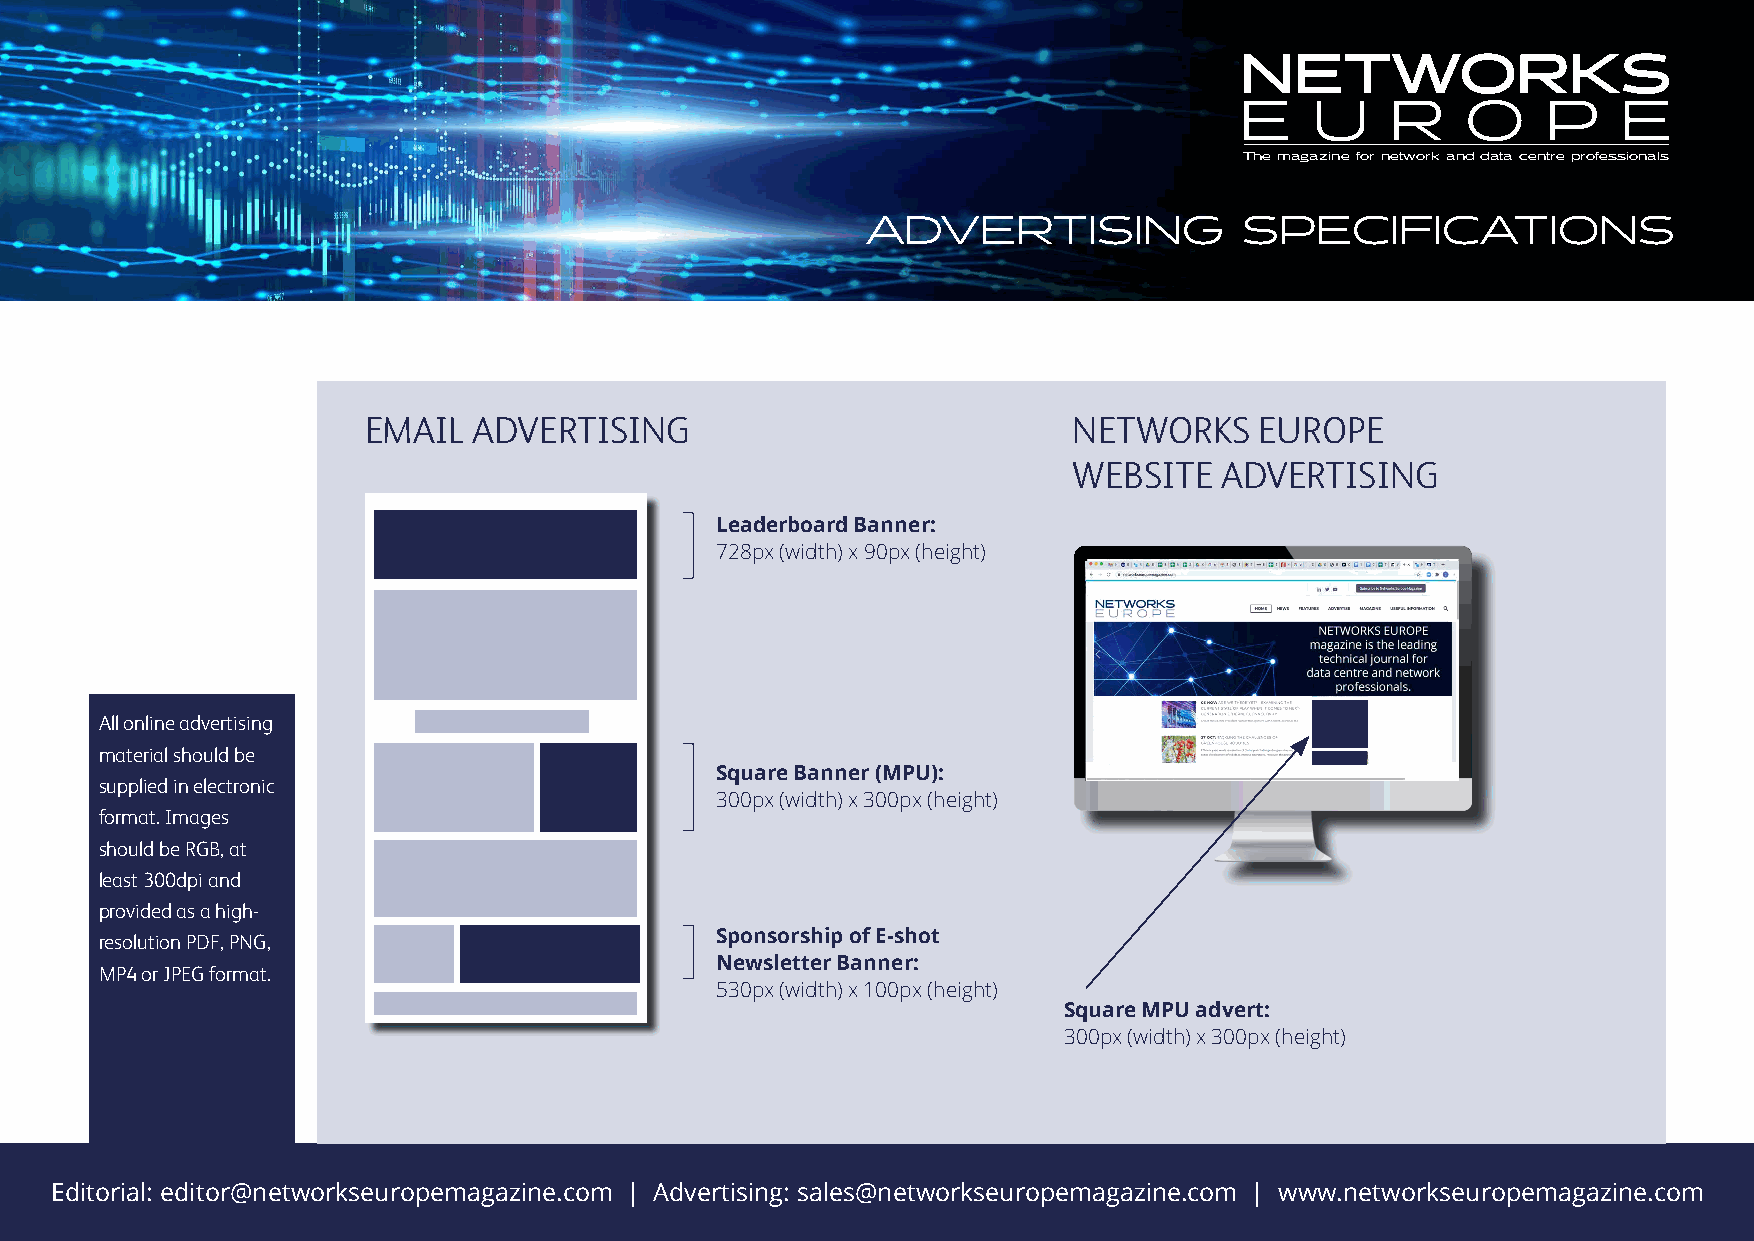
NETWORKS
 E    U    R    O    P    E
 The magazine for network and data centre professionals
 ADVERTISING              SPECIFICATIONS
 EMAIL  ADVERTISING                             NETWORKS    EUROPE
 WEBSITE   ADVERTISING
 Leaderboard Banner:
 728px (width) x 90px (height)
 All online advertising
 material should be
 Square Banner (MPU):
 supplied in electronic
 300px (width) x 300px (height)
 format. Images
 should be RGB, at
 least 300dpi and
 provided as a high-
 resolution PDF, PNG,                    Sponsorship of E-shot
 Newsletter Banner:
 MP4 or JPEG format.
 530px (width) x 100px (height)
 Square MPU advert:
 300px (width) x 300px (height)
 Editorial: editor@networkseuropemagazine.com | Advertising: sales@networkseuropemagazine.com | www.networkseuropemagazine.com